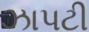
ઝાપટી